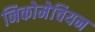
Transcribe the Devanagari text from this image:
निकोमेचियन